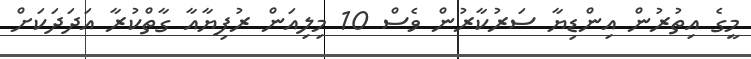
މީގެ އިތުރުން އިންޑިޔާ ސަރުކާރުން ވެސް 10 މިލިއަން ރުފިޔާއާ ގާތްކުރާ އަދަދަކަށް